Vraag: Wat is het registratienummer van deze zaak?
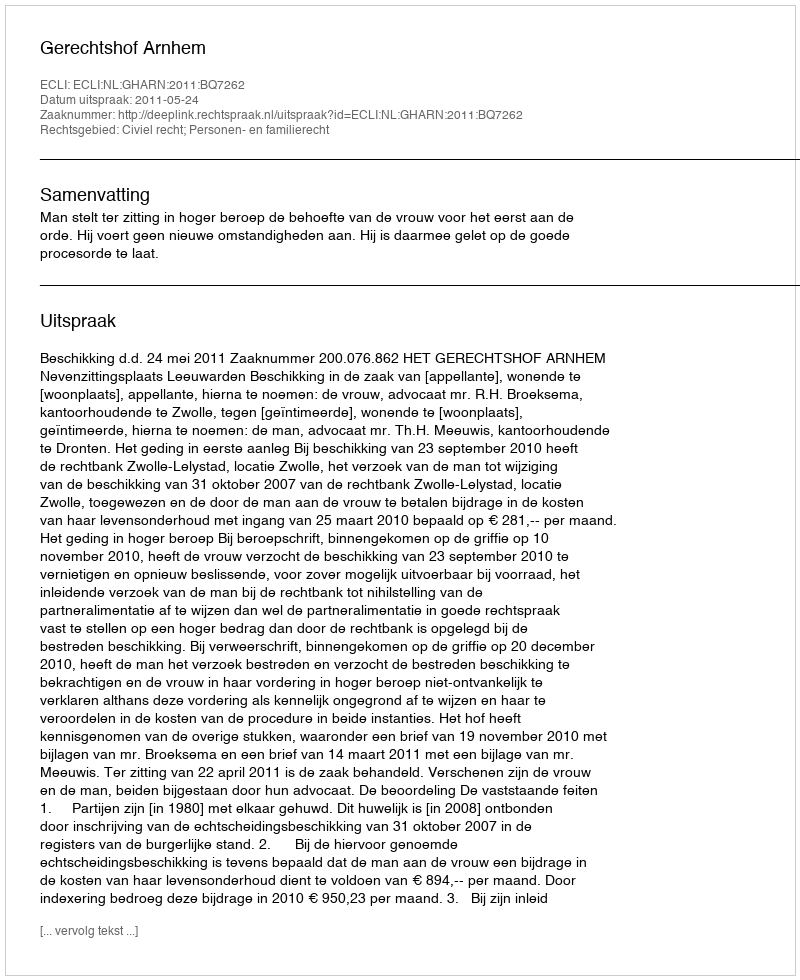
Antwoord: http://deeplink.rechtspraak.nl/uitspraak?id=ECLI:NL:GHARN:2011:BQ7262